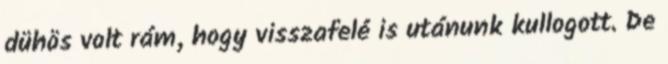
dühös volt rám, hogy visszafelé is utánunk kullogott. De